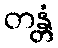
တန္တံ